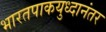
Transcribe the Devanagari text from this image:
भारतपाकयुध्दानंतर